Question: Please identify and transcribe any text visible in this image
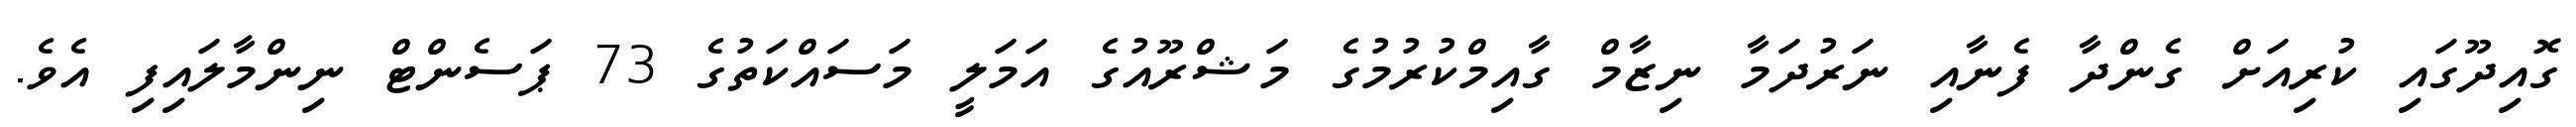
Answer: ގޮއިދޫގައި ކުރިއަށް ގެންދާ ފެނާއި ނަރުދަމާ ނިޒާމް ގާއިމްކުރުމުގެ މަޝްރޫއުގެ އަމަލީ މަސައްކަތުގެ 73 ޕަސެންޓް ނިންމާލައިފި އެވެ.